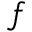
f